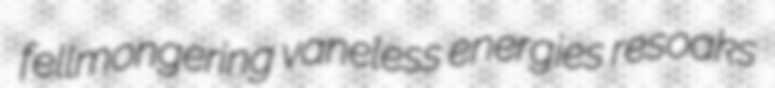
fellmongering vaneless energies resoaks